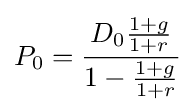
P_{0}={\frac {D_{0}{\frac {1+g}{1+r}}}{1-{\frac {1+g}{1+r}}}}